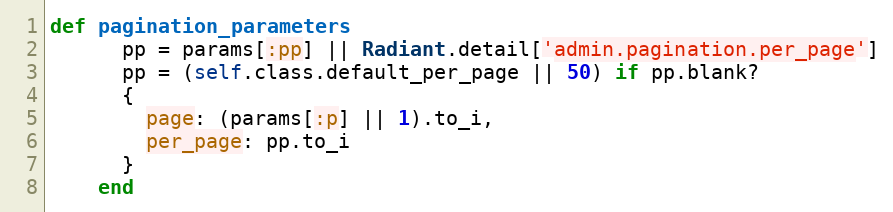
Language: Ruby
def pagination_parameters
      pp = params[:pp] || Radiant.detail['admin.pagination.per_page']
      pp = (self.class.default_per_page || 50) if pp.blank?
      {
        page: (params[:p] || 1).to_i,
        per_page: pp.to_i
      }
    end